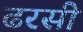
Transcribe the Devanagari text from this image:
ढरसी